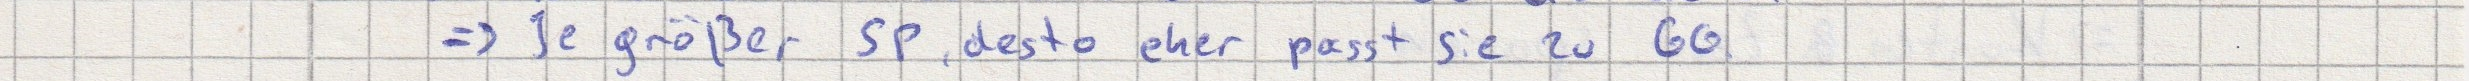
=> Je größer SP, desto eher passt sie zu GG